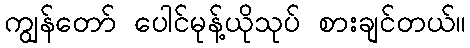
ကျွန်တော် ပေါင်မုန့်ယိုသုပ် စားချင်တယ်။